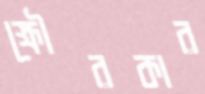
ক্ষৌরকার